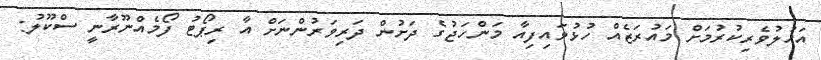
އަހުލުވެރިކުރުމަށް މައުރަޒެއް ހުޅުވައިފިއާ މަންހަޖުގެ ދަށުން ދަރިވަރުންނަށް އާ ރިޕޯޓު ފޯމެއްނޫރާނީ ސްކޫލު: